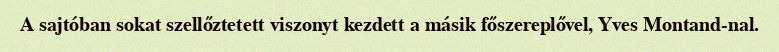
A sajtóban sokat szellőztetett viszonyt kezdett a másik főszereplővel, Yves Montand-nal.